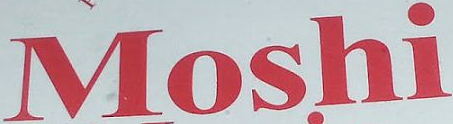
Moshi